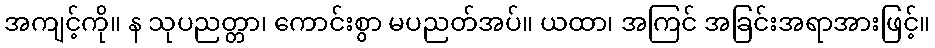
အကျင့်ကို။ န သုပညတ္တာ၊ ကောင်းစွာ မပညတ်အပ်။ ယထာ၊ အကြင် အခြင်းအရာအားဖြင့်။